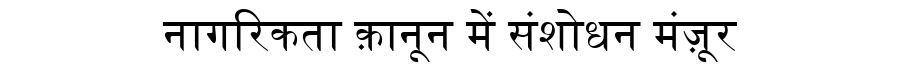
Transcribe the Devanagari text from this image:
नागरिकता क़ानून में संशोधन मंज़ूर